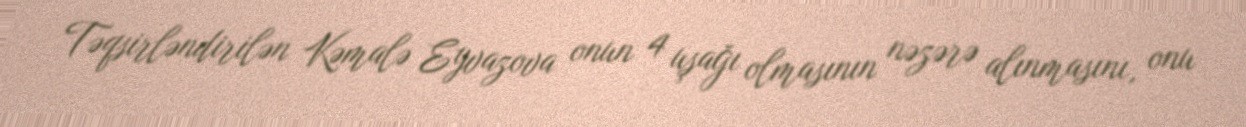
Təqsirləndirilən Kəmalə Eyvazova onun 4 uşağı olmasının nəzərə alınmasını, onu